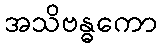
အသိဗန္ဓကော